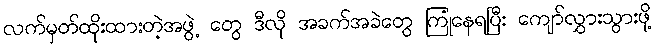
လက်မှတ်ထိုးထားတဲ့အဖွဲ့ တွေ ဒီလို အခက်အခဲတွေ ကြုံနေရပြီး ကျော်လွှားသွားဖို့